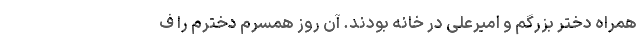
همراه دختر بزرگم و امیرعلی در خانه بودند. آن روز همسرم دخترم را ف